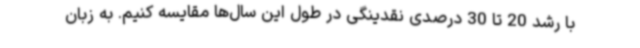
با رشد 20 تا 30 درصدی نقدینگی در طول این سال‌ها مقایسه کنیم. به زبان